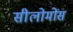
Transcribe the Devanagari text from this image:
सीलोमोंस